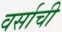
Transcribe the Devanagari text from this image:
वर्साची